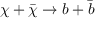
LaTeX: \chi + \bar { \chi } \to b + \bar { b }